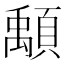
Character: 𩔔